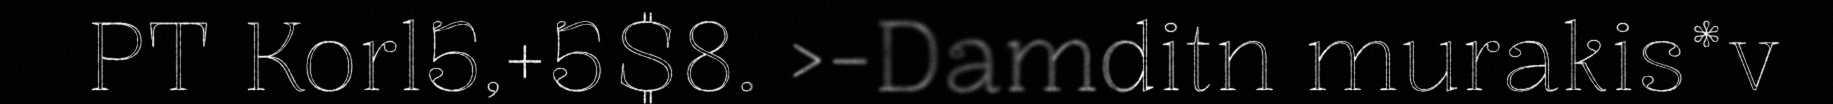
PT Korl5,+5$8. >-Damditn murakis*v